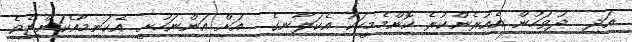
އަދި  ދުވަހުން އެއުރެންކުރެ ކޮންމެމީހަކު އެކަލާނގެ  އަށް އަންނަހުށީ އެކަނިމާއެކަންޏެވެ.